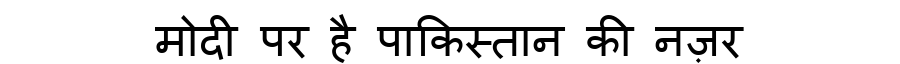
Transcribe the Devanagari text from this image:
मोदी पर है पाकिस्तान की नज़र